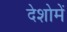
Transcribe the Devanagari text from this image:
देशोमें